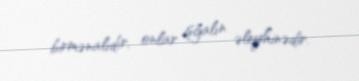
birmənalıdır, onlar işğalın əleyhinədir.